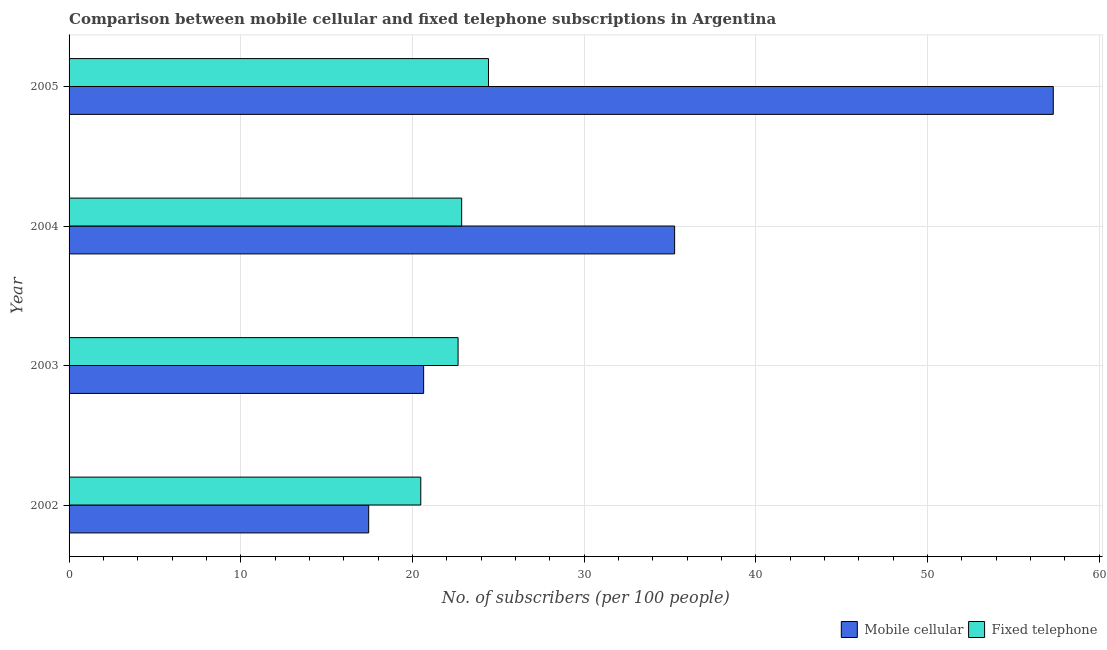
| Year | Mobile cellular | Fixed telephone |
 | --- | --- | --- |
 | 2002 | 17.5 | 20.5 |
 | 2003 | 20.7 | 22.7 |
 | 2004 | 35.3 | 22.9 |
 | 2005 | 57.3 | 24.4 |